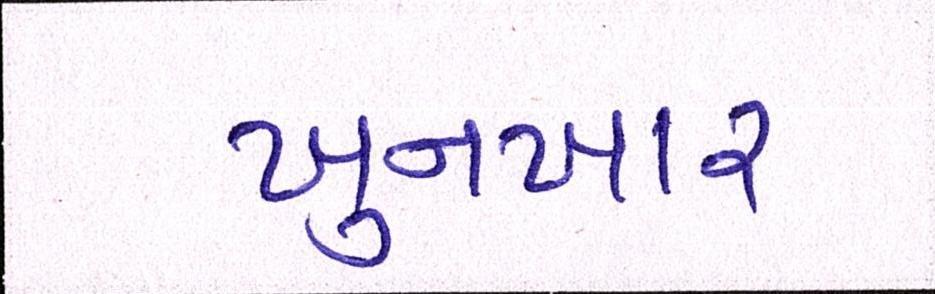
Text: ખુનખાર